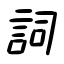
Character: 詞